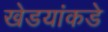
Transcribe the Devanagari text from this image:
खेडयांकडे